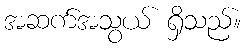
အဆက်အသွယ် ရှိသည်။